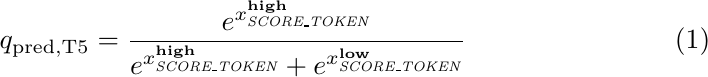
\begin{equation}
q_\mathrm{pred,T5} = \frac{e^{x^\text{\textbf{high}}_{\textit{SCORE\_TOKEN}}}}{e^{x^\text{\textbf{high}}_{\textit{SCORE\_TOKEN}}}+e^{x^\text{\textbf{low}}_{\textit{SCORE\_TOKEN}}}}
\label{eq:t5}
\end{equation}